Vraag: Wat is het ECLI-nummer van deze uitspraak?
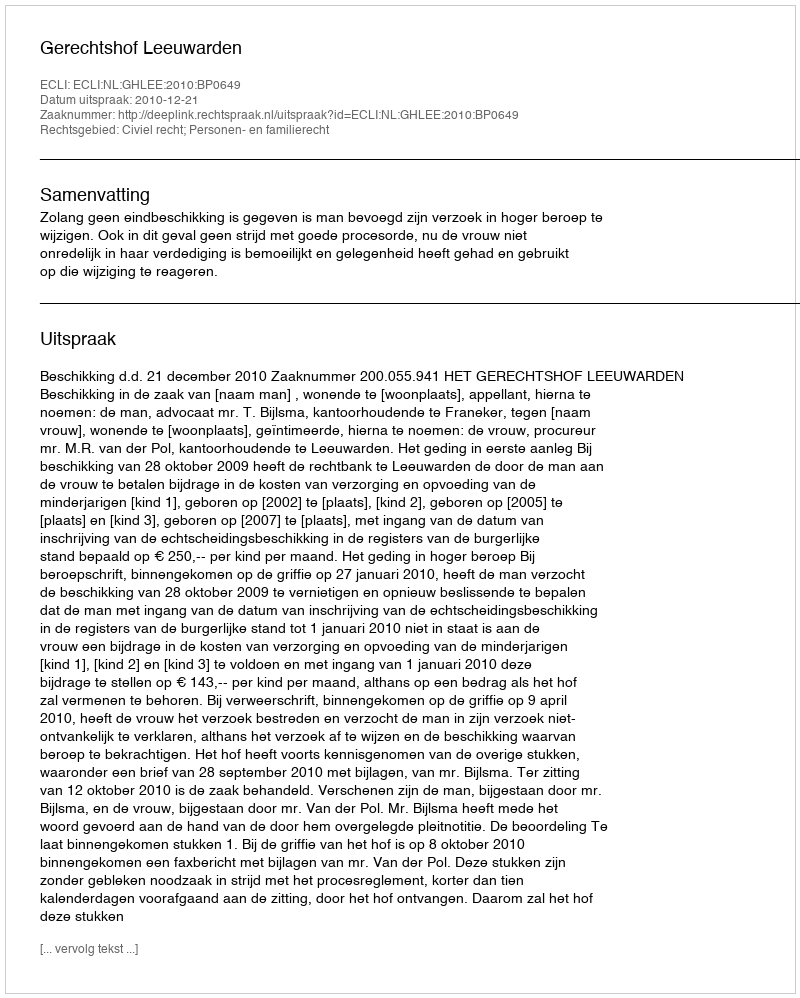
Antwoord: ECLI:NL:GHLEE:2010:BP0649